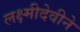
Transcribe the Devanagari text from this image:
लक्ष्मीदेवीने